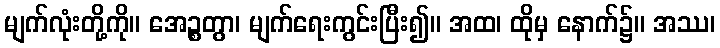
မျက်လုံးတို့ကို။ အေဉ္စတွာ၊ မျက်ရေးကွင်းပြီး၍။ အထ၊ ထိုမှ နောက်၌။ အဿ၊